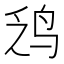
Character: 𫛡